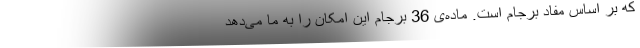
که بر اساس مفاد برجام است. ماده‌ی 36 برجام این امکان را به ما می‌دهد